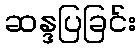
ဆန္ဒပြခြင်း